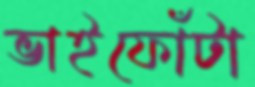
ভাইফোঁটা